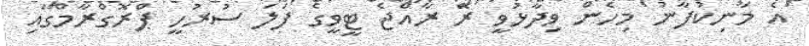
އެ މަނިކުފާނު މިހެން ވިދާޅުވީ ރޭ ރާއްޖެ ޓީވީގެ ފަލަ ސުރުހީ ޕްރޮގްރާމްގައި